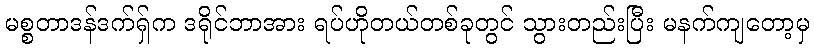
မစ္စတာဒန်ဒက်ရှ်က ဒရိုင်ဘာအား ရပ်ဟိုတယ်တစ်ခုတွင် သွားတည်းပြီး မနက်ကျတော့မှ